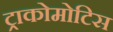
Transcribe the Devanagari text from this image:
ट्राकोमोटिस